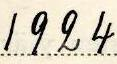
1924